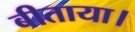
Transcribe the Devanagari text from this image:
बीताया।